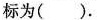
标为().